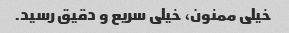
خیلی ممنون، خیلی سریع و دقیق رسید.